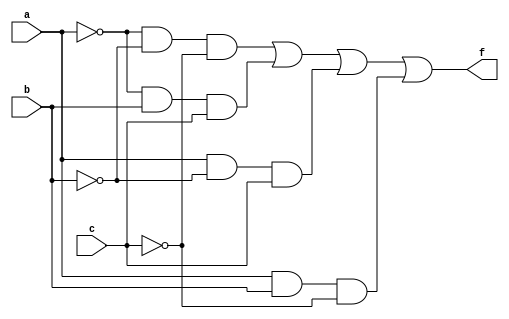
/*--  *******************************************************
--  Computer Architecture Course, Laboratory Sources 
--  Amirkabir University of Technology (Tehran Polytechnic)
--  Department of Computer Engineering (CE-AUT)
--  https://ce[dot]aut[dot]ac[dot]ir
--  *******************************************************
--  All Rights reserved (C) 2019-2020
--  *******************************************************
--  Student ID  : masoud
--  Student Name: 
--  Student Mail: 
--  *******************************************************
--  Additional Comments:
--
--*/

/*-----------------------------------------------------------
---  Module Name: Paritiy Generator Sum of Products
---  Description: Lab 04 Part 4
-----------------------------------------------------------*/
`timescale 1 ns/1 ns

module paritiy3_gen_sop (
	input a,
	input b,
	input c,
	output f	
);
	/* write your code here */
	wire notA, notB, notC, and1,and2,and3,and4;
    not gNA(notA,a);
    not gNB(notB,b);
    not gNC(notC,c);
    and gA1(and1,notA,notB,notC);
    and gA2(and2,notA,b,c);
    and gA3(and3,a,notB,c);
    and gA4(and4,a,b,notC);
    or gO1(f,and1,and2,and3,and4);
	/* write your code here */

endmodule